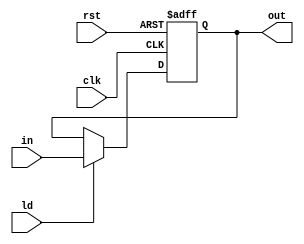
`timescale 1ns/1ns
module LReg (clk, rst, ld, in, out);
  input clk, rst, ld;
  input [7:0] in;
  output reg [7:0] out;
  always@(posedge clk, posedge rst)begin
    if (rst) out <= 0;
    else if (ld)
      out <= in;
  end
endmodule